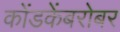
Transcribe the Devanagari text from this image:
कोंडकेंबरोबर